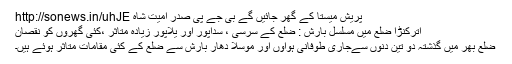
پریش میستا کے گھر جائیں گے بی جے پی صدر امیت شاہ http://sonews.in/uhJE
اترکنڑا ضلع میں مسلسل بارش : ضلع کے سرسی ، سداپور اور یلاپور زیادہ متاثر ،کئی گھروں کو نقصان
ضلع بھر میں گذشتہ دو تین دنوں سےجاری طوفانی ہواؤں اور موسلا دھار بارش سے ضلع کے کئی مقامات متاثر ہوئے ہیں۔